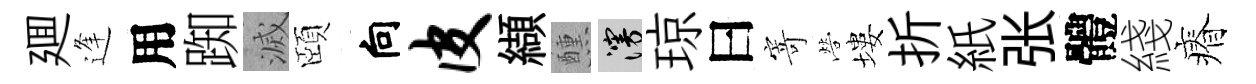
廽逢用踟滅頤向皮纈醺漫琼曰寄營塿折紙张體綫瘠